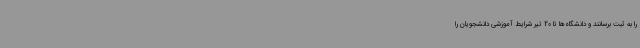
را به ثبت برسانند و دانشگاه‌ها تا 20 تیر شرایط آموزشی دانشجویان را